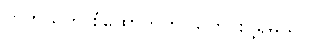
ဟိုတယ်က စုံထောက်ကို သတင်းပို့ရမယ်။